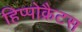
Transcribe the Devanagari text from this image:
हिप्पोक्रैटस